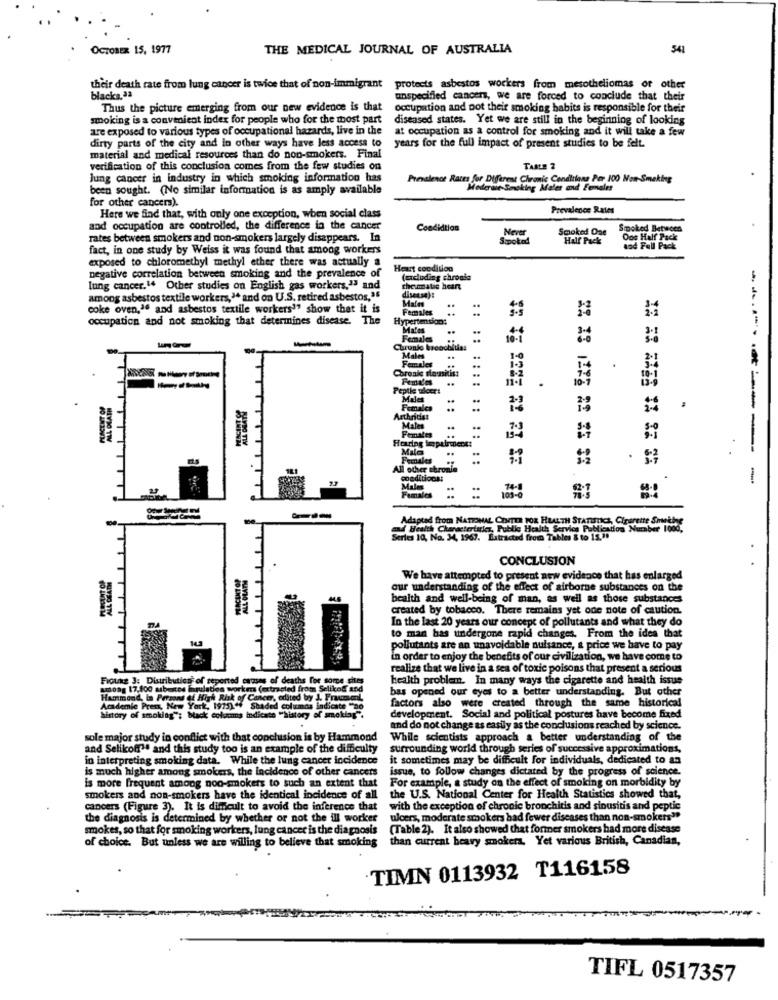
OCTOBER 15, 1977
THE MEDICAL JOURNAL OF AUSTRALIA
541
their death rate from lung cancer is twice that of non-immigrant
protects asbestos workers from mesotheliomas or other
blacks,Ja
unspecified cancers, we are forced to conclude that their
Thus the picture emerging from our new evidence is that
occupation and not their smoking habits is responsible for their
smoking is a convenient index for people who for the most part
diseased states. Yet we are still in the beginning of looking
are exposed to various types of occupational hazards, live in the
at occupation as a control for smoking and it will take a few
dirty parts of the city and in other ways have less access to
years for the full impact of present studies to be felt.
material and medical resources than do non-smokers. Final
verification of this conclusion comes from the few studies on
TABLE 2
lung cancer in industry in which smoking information has
Presalenot Rates for Different Chronic Conditions Per 100 Non-Smoking
been sought. (No similar information is as amply available
Moderait- Smoking Maler and Females
for other cancers).
Prevalence Rates
Here we find that, with only one exception, when social class
and occupation are controlled, the difference in the cancer
Condidtion
Never
Smoked One
Smoked Between
rates between smokers and non-smokers largely disappears. In
Smoked
Half Pack
One Half Pack
fact, in one study by Weiss it was found that among workers
and Full Pack
exposed to chloromethyl methyl ether there was actually a
Heart condition
negative correlation between smoking and the prevalence of
(udluding chronis
lung cancer.14 Other studies on English gas workers,13 and
disease):
the matic heart
among asbestos textile workers,> and on U.S. retired asbestos,36
Males
coke oven,"" and asbestos textile workers' show that it is
Females
..
occupation and not smoking that determines disease. The
Hypertendans
: :
Males
Females
Chronio brooobitias
Females
Males
..
broale souskis:
..
..
..
.
Peptie vloer!
Males
..
Females
Arthridas
Males
..
Hering impairment:
#
---------
Females
..
All other chronie
conditions:
-
Malms
Females
:
Adapted from NATIONAL CENTER FOR HEALTH STATISTICS, Cigarette Smukke
and Health Characteristics, Public Health Service Publication Number 1000
Series 10, No. 34, 1967. Extracted from Tables & to 15.38
CONCLUSION
We have attempted to present new evidence that has enlarged
our understanding of the effect of airborne substances on the
health and well-being of man, as well as those substances
TT
created by tobacco. There remains yet one note of caution.
In the last 20 years our concept of pollutants and what they do
to man has undergone rapid changes. From the idea that
pollutants are an unavoidable nuisance, a price we have to pay
in order to enjoy the benefits of our civilization, we have come to
realize that we live in a sea of toxic poisons that present a serious
Fiouks 3: Distribution of reported causes of deaths for some sites
health problem. In many ways the cigarette and health issue
among 17.100 asbestos lanulation workm (extrasted from Selikoff and
Hammond, In Persons of High Risk of C
aos edited by J. Fraument
factors also were created through the same historical
bas opened our eyes to a better understanding. But other
Academic Press, New York, 1925) ** Shaded columns indicate "DO
history of smoking"; black columns indicate ""history of smoklay".
development. Social and political postures have become fixed
and do not change as easily as the conclusions reached by science.
sole major study in conflict with that conclusion is by Hammond
While scientists approach a better understanding of the
and Selikoff". and this study too is an example of the difficulty
surrounding world through series of successive approximations,
in interpreting smoking data. While the lung cancer incidence
it sometimes may be difficult for individuals, dedicated to as
is much higher among smokers, the incidence of other cancers
issue, to follow changes dictated by the progress of science.
For example, a study on the effect of smoking on morbidity by
is more frequent among non-smokers to such an extent that
smokers and non-smokers have the identical incidence of all
the U.S. National Center for Health Statistics showed that,
cancers (Figure 3). It is difficult to avoid the inference that
with the exception of chronic bronchitis and sinusitis and peptic
the diagnosis is determined by whether or not the ill worker
ulcers, moderate smokers bad fewer diseases than non-smokers"
smokes, so that for smoking workers, lung cancer is the diagnosis
(Table 2). It also showed that former smokers had more disease
of choice. But unless we are willing to believe that smoking
than current heavy smokers. Yet various British, Canadian,
TIMN 0113932 T116158
TIFL 0517357